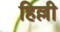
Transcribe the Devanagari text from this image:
हिल्ली